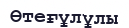
Өтеғұлұлы